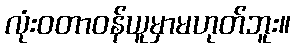
လုံးဝတာဝန်ယူမှာမဟုတ်ဘူး။